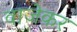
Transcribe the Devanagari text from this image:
वाजेकर